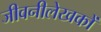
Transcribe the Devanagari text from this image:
जीवनीलेखकों